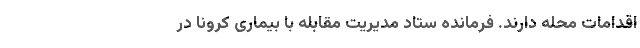
اقدامات محله دارند. فرمانده ستاد مدیریت مقابله با بیماری کرونا در